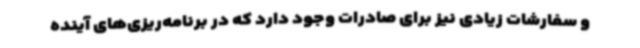
و سفارشات زیادی نیز برای صادرات وجود دارد که در برنامه‌ریزی‌های آینده